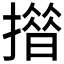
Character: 𢵄